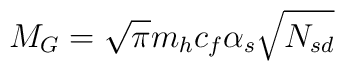
M_G = \sqrt{\pi} m_h c_f \alpha_s \sqrt{N_{sd}}